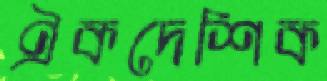
ঐকদেশিক